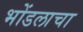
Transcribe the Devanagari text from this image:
भोंडलाचा